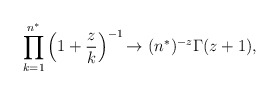
\begin{align*}\prod_{k=1}^{n^{*}} \left ( 1+\frac{z}{k} \right )^{-1}{\rightarrow} ~(n^{*})^{-z} \Gamma(z+1),\end{align*}